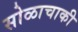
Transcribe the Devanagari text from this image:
सोळाचाकी